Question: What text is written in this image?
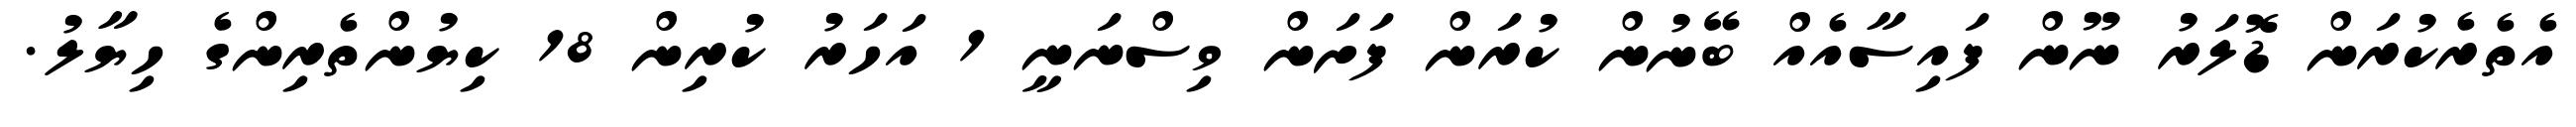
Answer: އެތެރެކުރަން ޑޮލަރު ނޫން ފައިސާއެއް ބޭނުން ކުރަން ފަށަން ވިސްނަނީ 1 އަހަރު ކުރިން 18 ކިޔުންތެރިންގެ ހިޔާލު.